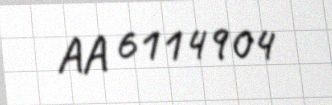
AA 6114904